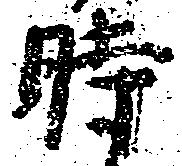
時